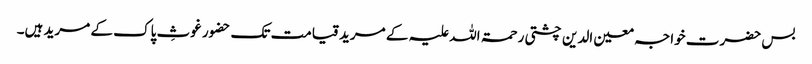
بس حضرت خواجہ معین الدین چشتی رحمۃ اللہ علیہ کے مرید قیامت تک حضور غوثِ پاک کے مرید ہیں۔